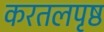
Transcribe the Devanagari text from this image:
करतलपृष्ठ